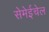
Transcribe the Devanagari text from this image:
सेमेईचेल